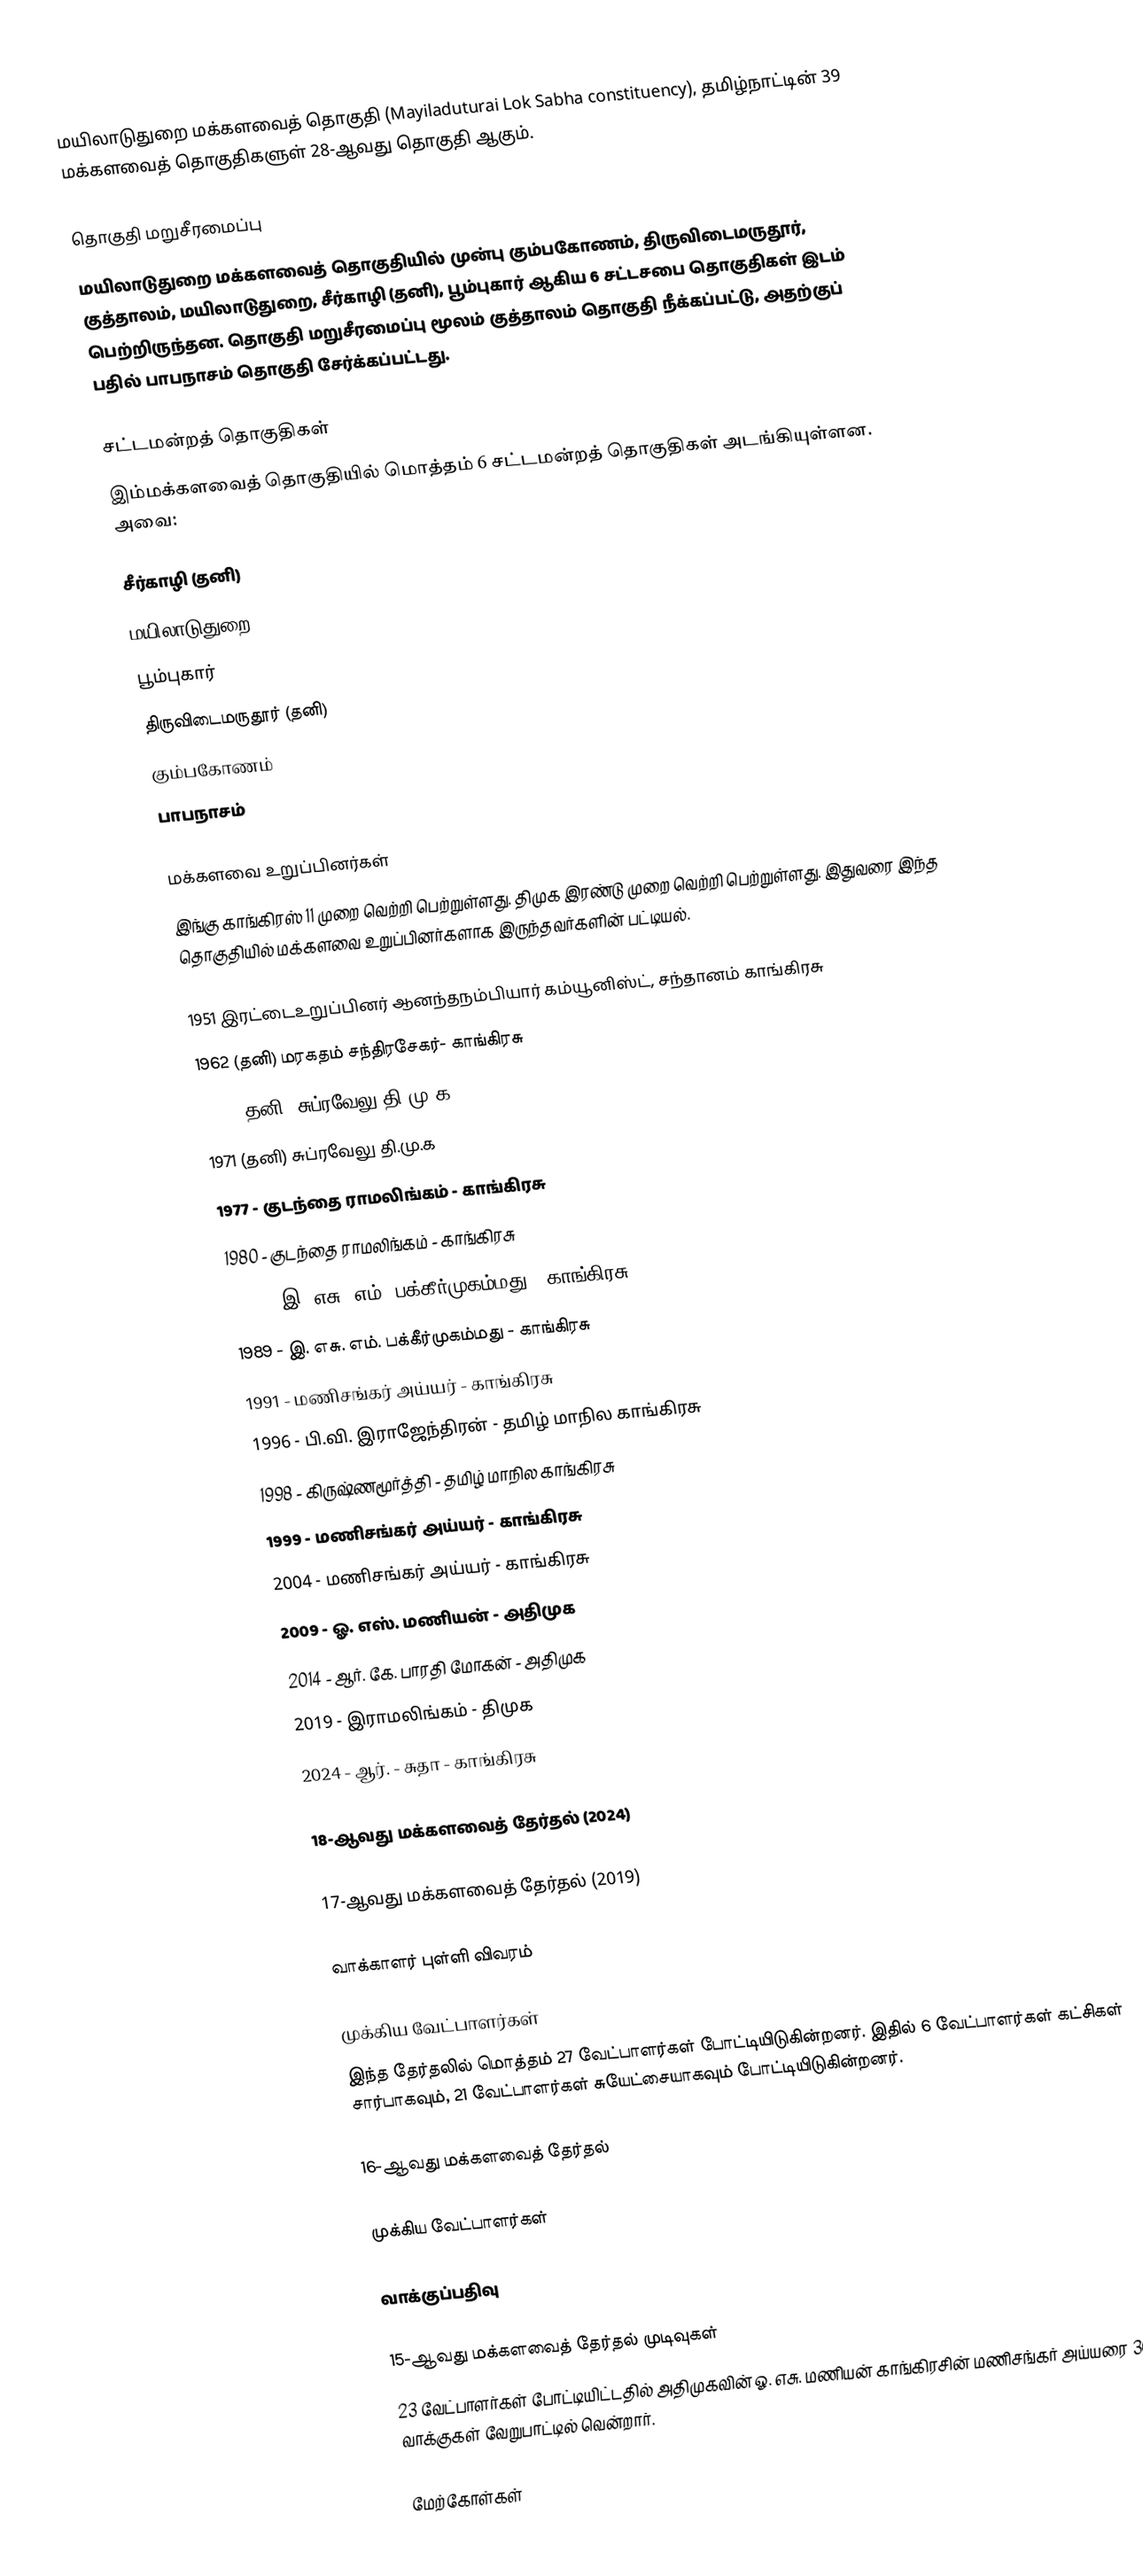
மயிலாடுதுறை மக்களவைத் தொகுதி (Mayiladuturai Lok Sabha constituency), தமிழ்நாட்டின் 39 மக்களவைத் தொகுதிகளுள் 28-ஆவது தொகுதி ஆகும்.

தொகுதி மறுசீரமைப்பு
மயிலாடுதுறை மக்களவைத் தொகுதியில் முன்பு கும்பகோணம், திருவிடைமருதூர், குத்தாலம், மயிலாடுதுறை, சீர்காழி (தனி), பூம்புகார் ஆகிய 6 சட்டசபை தொகுதிகள் இடம் பெற்றிருந்தன. தொகுதி மறுசீரமைப்பு மூலம் குத்தாலம் தொகுதி நீக்கப்பட்டு, அதற்குப் பதில் பாபநாசம் தொகுதி சேர்க்கப்பட்டது.

சட்டமன்றத் தொகுதிகள்
இம்மக்களவைத் தொகுதியில் மொத்தம் 6 சட்டமன்றத் தொகுதிகள் அடங்கியுள்ளன. அவை:

 சீர்காழி (தனி)
 மயிலாடுதுறை
 பூம்புகார்
 திருவிடைமருதூர் (தனி)
 கும்பகோணம்
 பாபநாசம்

மக்களவை உறுப்பினர்கள்
இங்கு காங்கிரஸ் 11 முறை வெற்றி பெற்றுள்ளது. திமுக இரண்டு முறை வெற்றி பெற்றுள்ளது. இதுவரை இந்த தொகுதியில் மக்களவை உறுப்பினர்களாக இருந்தவர்களின் பட்டியல்.

 1951 இரட்டைஉறுப்பினர் ஆனந்தநம்பியார் கம்யூனிஸ்ட், சந்தானம் காங்கிரசு
 1962 (தனி) மரகதம் சந்திரசேகர்- காங்கிரசு
 1967 (தனி) சுப்ரவேலு தி.மு.க
 1971 (தனி) சுப்ரவேலு தி.மு.க
 1977 - குடந்தை ராமலிங்கம் - காங்கிரசு
 1980 - குடந்தை ராமலிங்கம் - காங்கிரசு
 1984 - இ. எசு. எம். பக்கீர்முகம்மது - காங்கிரசு
 1989 - இ. எசு. எம். பக்கீர்முகம்மது - காங்கிரசு
 1991 - மணிசங்கர் அய்யர் - காங்கிரசு
 1996 - பி.வி. இராஜேந்திரன் - தமிழ் மாநில காங்கிரசு
 1998 - கிருஷ்ணமூர்த்தி - தமிழ் மாநில காங்கிரசு
 1999 - மணிசங்கர் அய்யர் - காங்கிரசு
 2004 - மணிசங்கர் அய்யர் - காங்கிரசு
 2009 - ஓ. எஸ். மணியன் - அதிமுக
 2014 - ஆர். கே. பாரதி மோகன் - அதிமுக
 2019 - இராமலிங்கம் - திமுக
 2024 - ஆர். - சுதா - காங்கிரசு

18-ஆவது மக்களவைத் தேர்தல் (2024)

17-ஆவது மக்களவைத் தேர்தல் (2019)

வாக்காளர் புள்ளி விவரம்

முக்கிய வேட்பாளர்கள்
இந்த தேர்தலில் மொத்தம் 27 வேட்பாளர்கள் போட்டியிடுகின்றனர். இதில் 6 வேட்பாளர்கள் கட்சிகள் சார்பாகவும், 21 வேட்பாளர்கள் சுயேட்சையாகவும் போட்டியிடுகின்றனர்.

16-ஆவது மக்களவைத் தேர்தல்

முக்கிய வேட்பாளர்கள்

வாக்குப்பதிவு

15-ஆவது மக்களவைத் தேர்தல் முடிவுகள்
23 வேட்பாளர்கள் போட்டியிட்டதில் அதிமுகவின் ஓ. எசு. மணியன் காங்கிரசின் மணிசங்கர் அய்யரை 36,854 வாக்குகள் வேறுபாட்டில் வென்றார்.

மேற்கோள்கள்